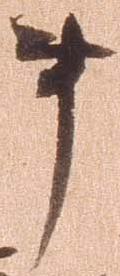
事